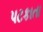
પટકાતા